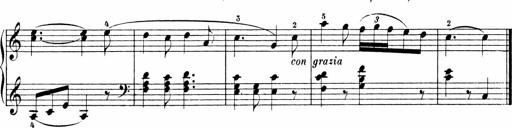
Title: Sonatinen Op.47, 98 und 136, nebst 6 Liedersonatinen
Composer: Carl Reinecke